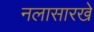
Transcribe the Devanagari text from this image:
नलासारखे